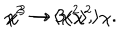
{ \chi } ^ { 2 } \to \langle { \chi } ^ { 2 } \rangle , \hspace { 5 m m } { \chi } ^ { 3 } \to 3 \langle { \chi } ^ { 2 } \rangle { \chi } .